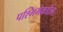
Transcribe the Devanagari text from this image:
पश्मिमेकडील